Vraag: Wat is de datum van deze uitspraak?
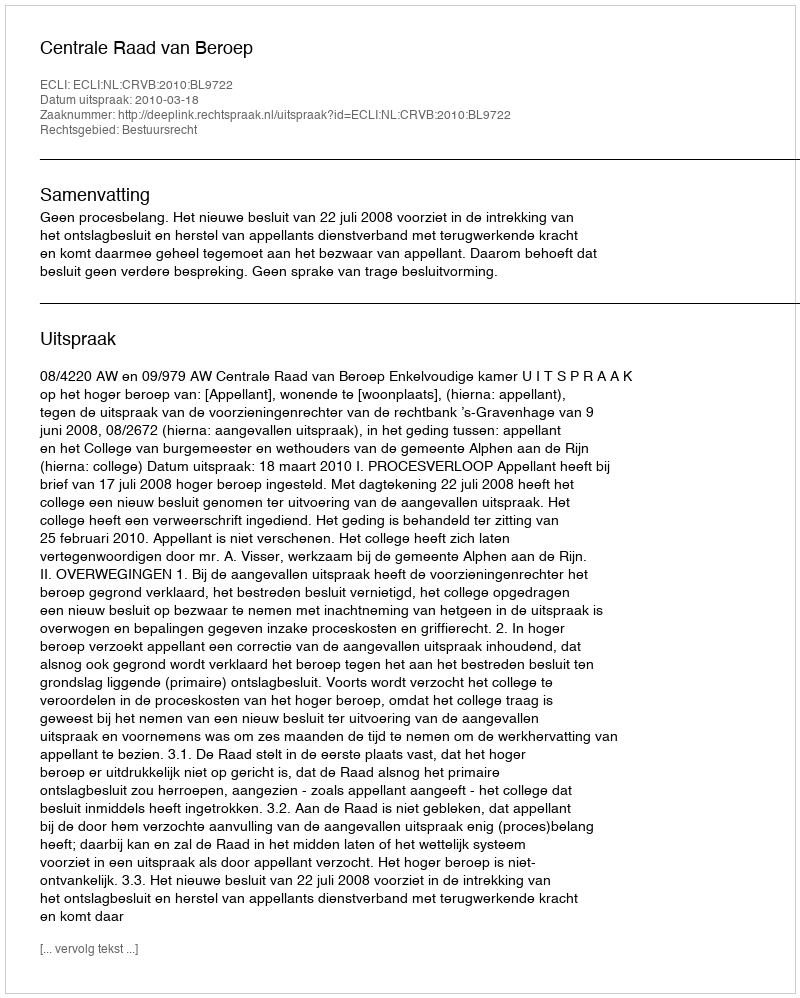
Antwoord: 2010-03-18